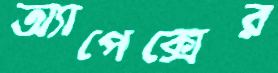
অ্যাপেক্সের